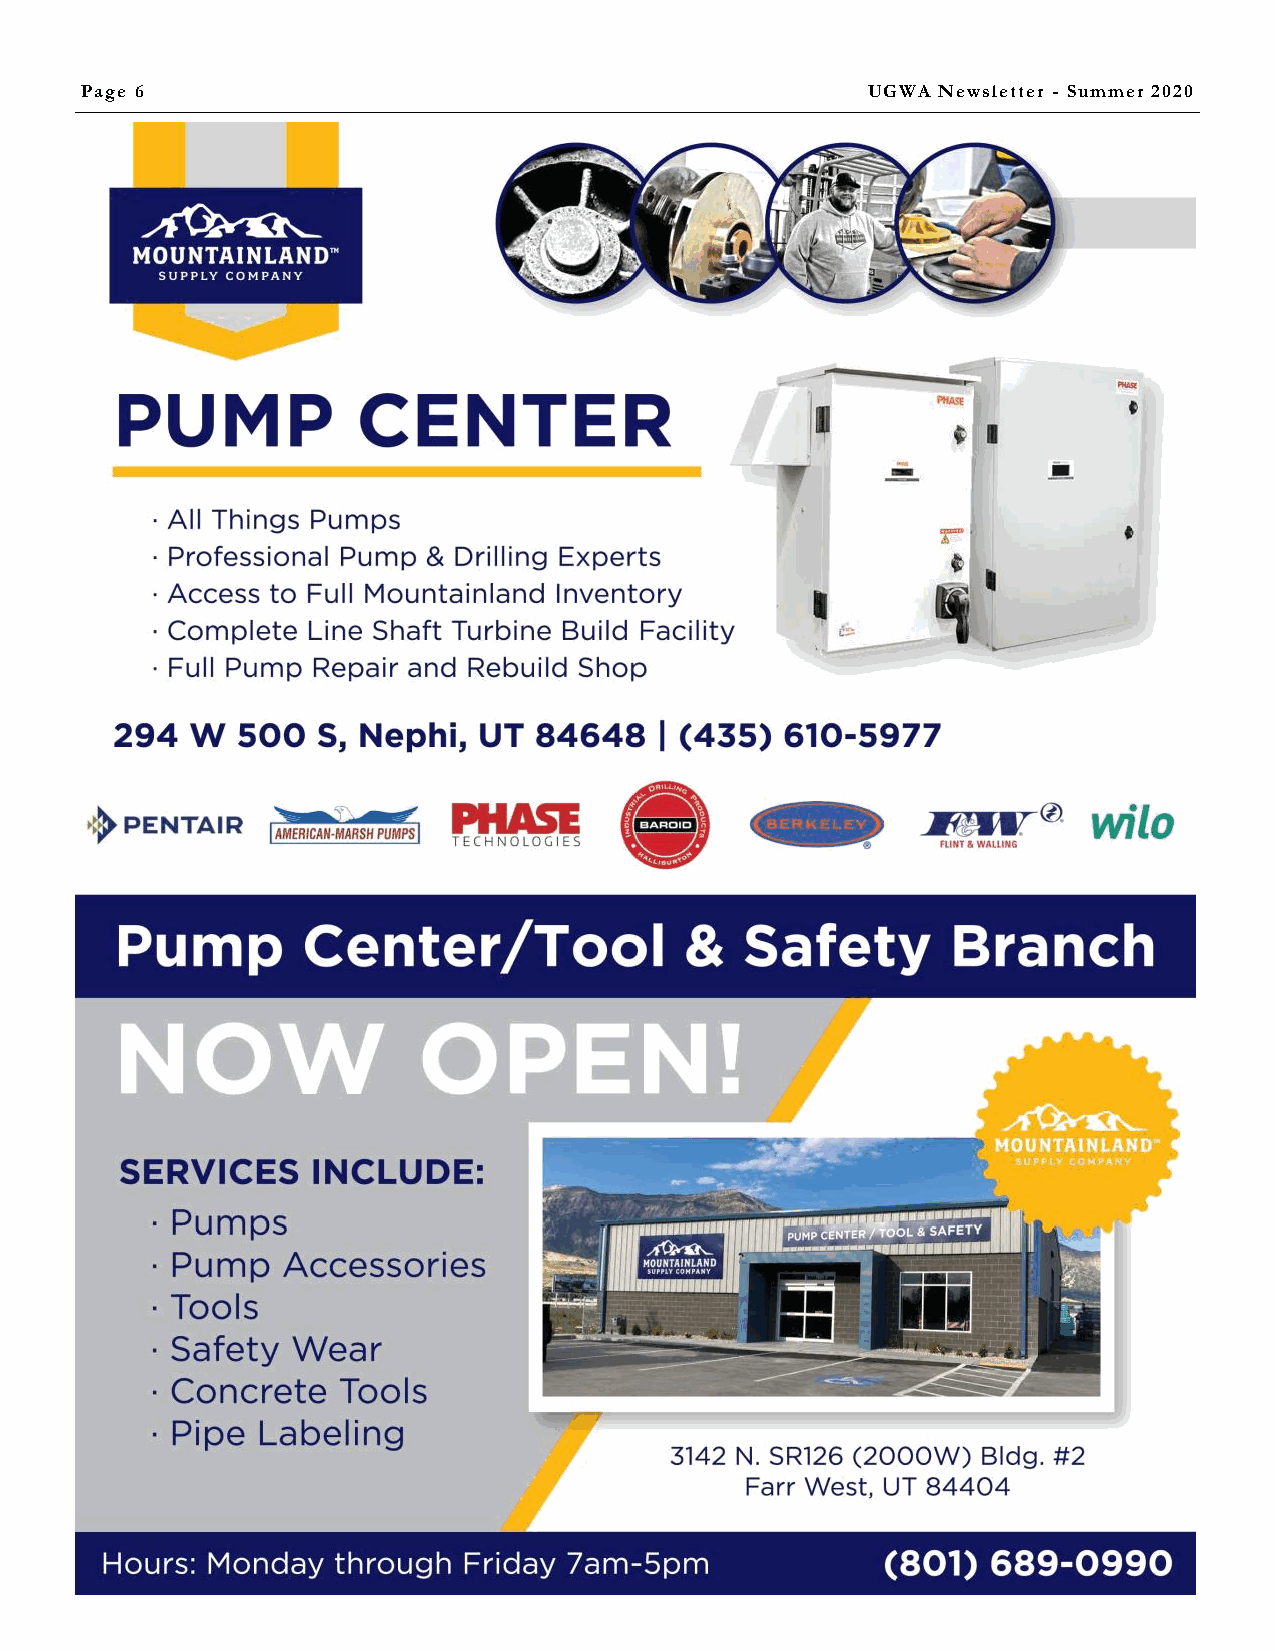
Page 6                                              UGWA Newsletter - Summer 2020